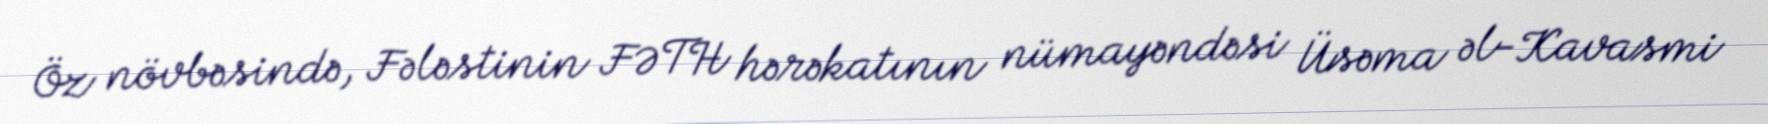
Öz növbəsində, Fələstinin FƏTH hərəkatının nümayəndəsi Üsəma əl-Kavasmi